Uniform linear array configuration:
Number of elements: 12
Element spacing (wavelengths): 0.75
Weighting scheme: cosine
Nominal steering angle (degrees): -30
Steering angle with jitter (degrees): -31.782
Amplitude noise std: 0.05
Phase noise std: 0.05

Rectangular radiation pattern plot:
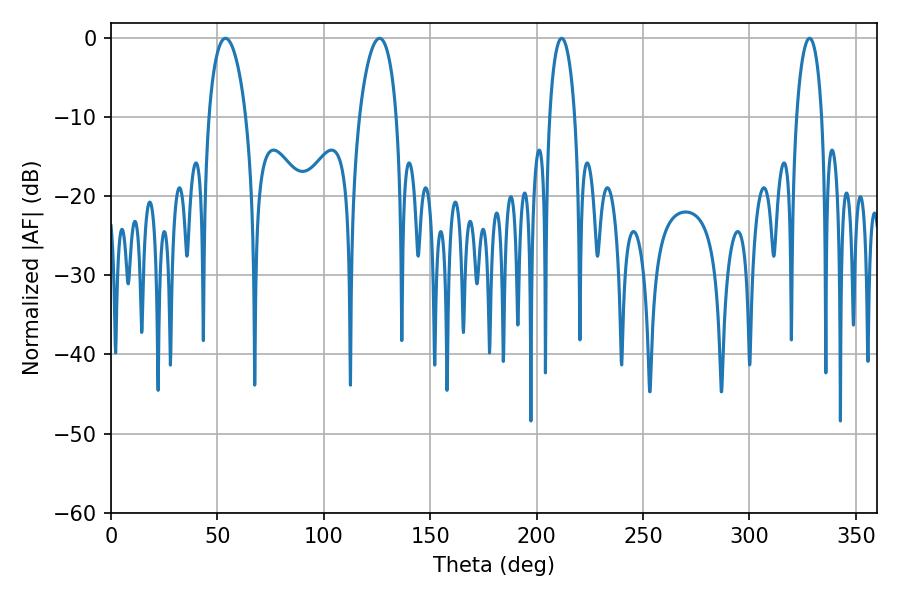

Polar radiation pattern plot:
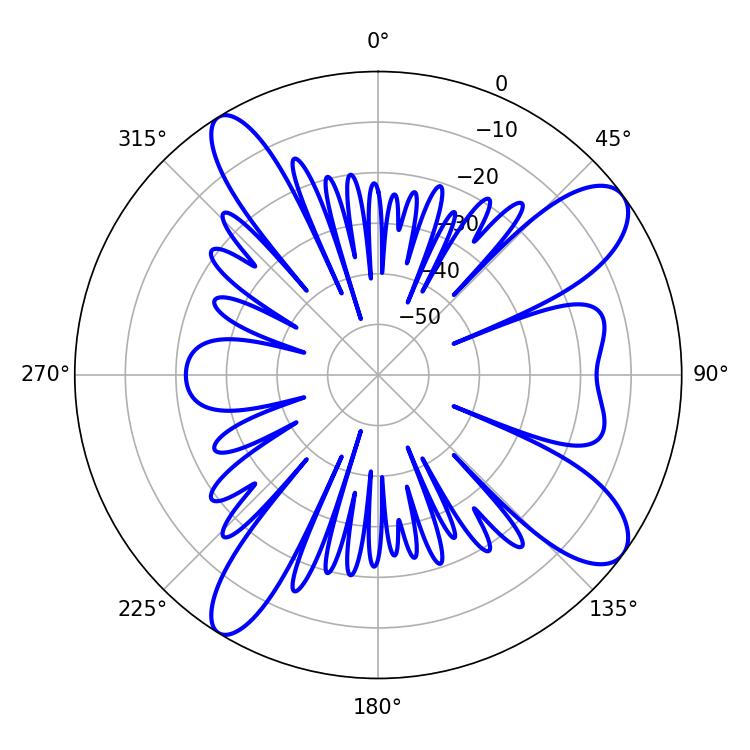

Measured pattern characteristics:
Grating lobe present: TRUE
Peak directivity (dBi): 10.536
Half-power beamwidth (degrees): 9.9
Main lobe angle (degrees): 53.82